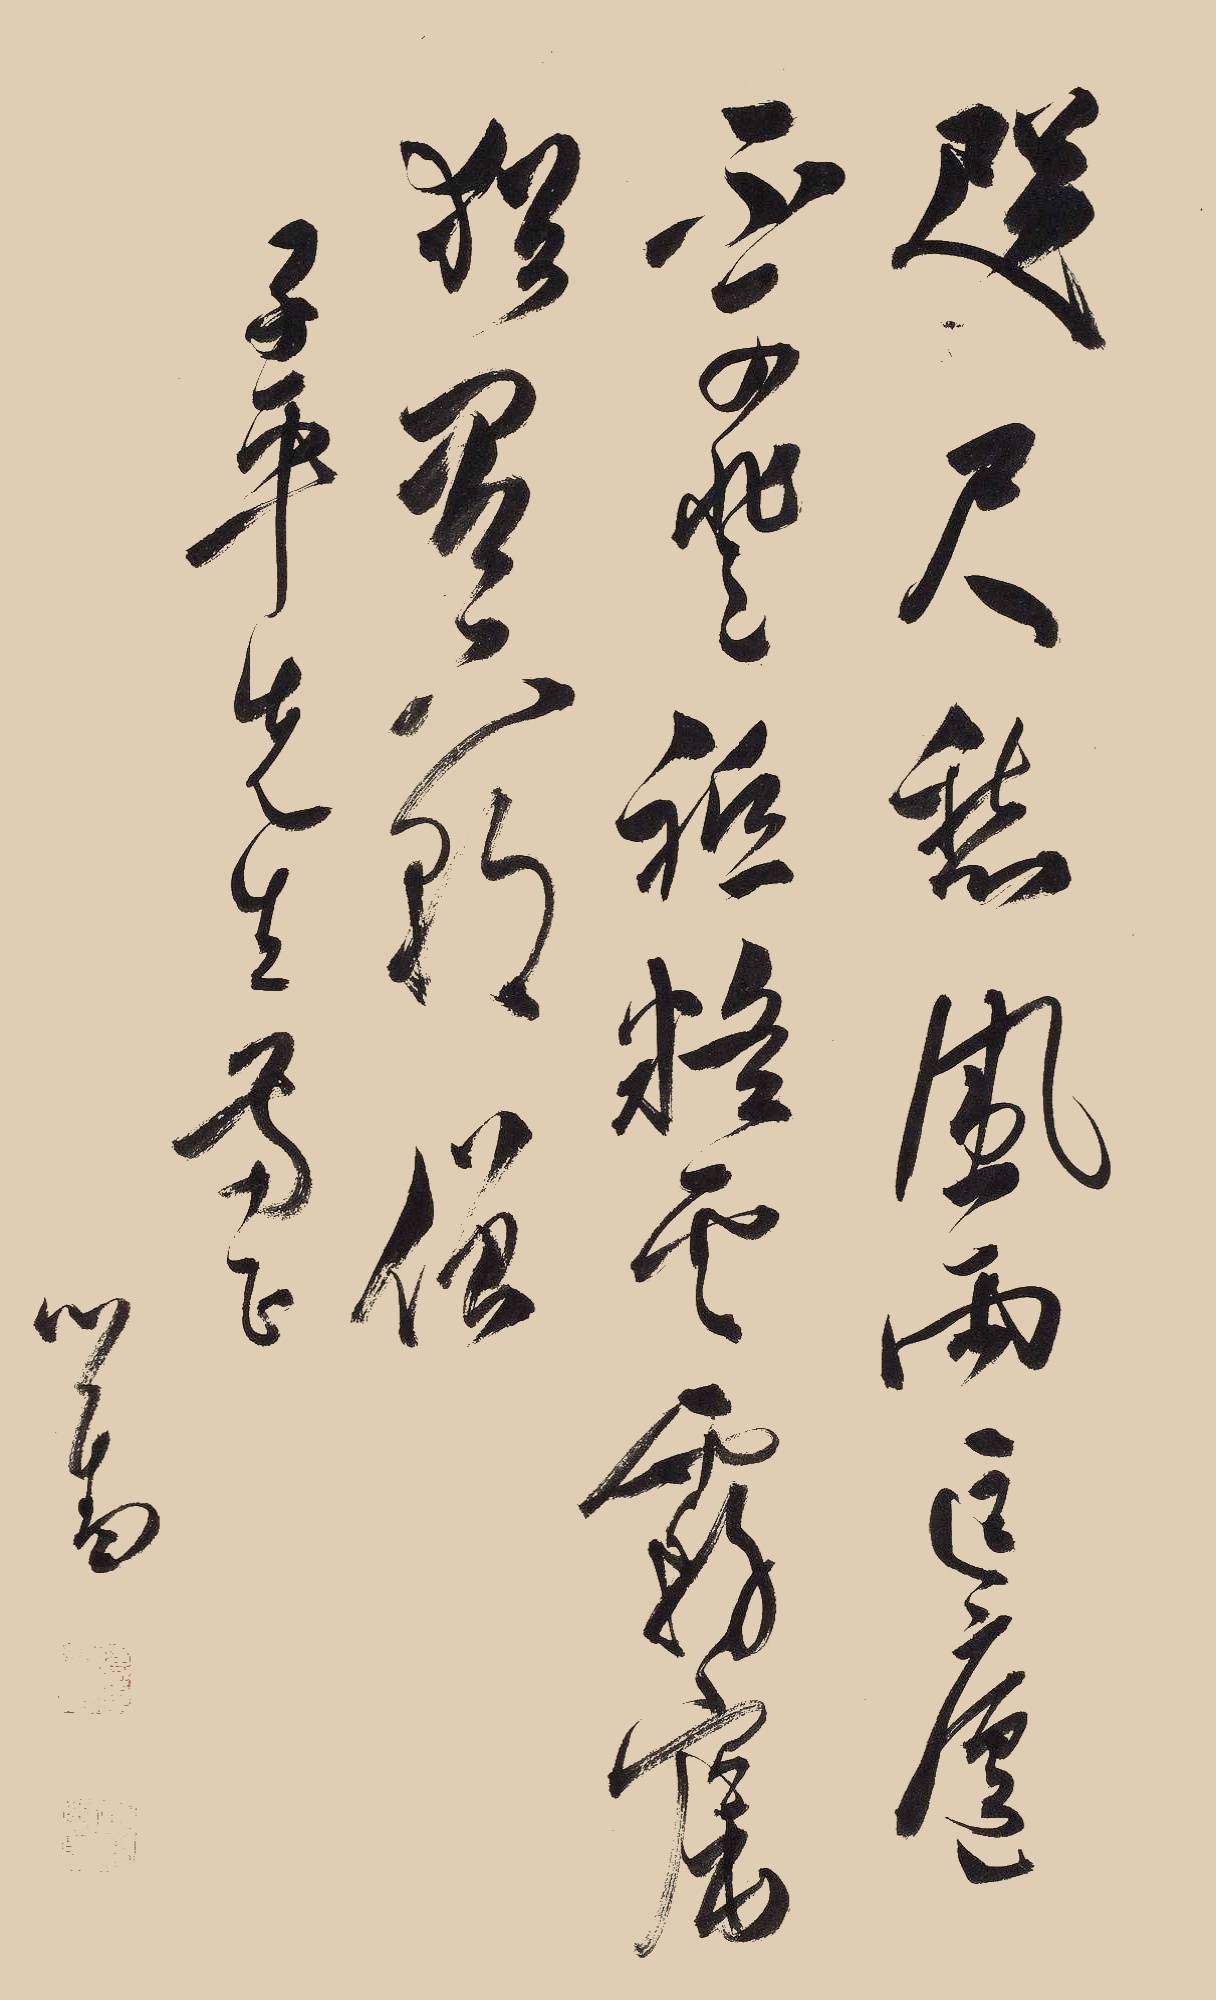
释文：咫尺愁风雨，匡庐不可登。只疑云雾窟，犹有六朝僧。子平先生两正。心畬。